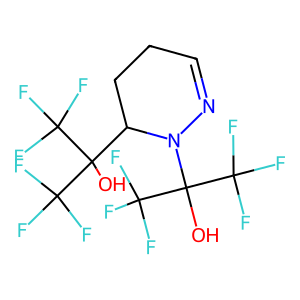
SMILES: OC(C1CCC=NN1C(O)(C(F)(F)F)C(F)(F)F)(C(F)(F)F)C(F)(F)F
Inhibits HIV replication: No